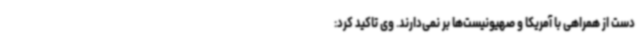
دست از همراهی با آمریکا و صهیونیست‌ها بر نمی‌دارند. وی تاکید کرد: